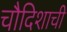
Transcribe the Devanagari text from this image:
चौदिशाची